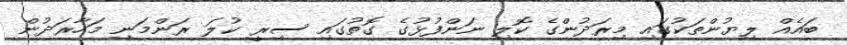
ބައެއް ލިޔުންތަކުގައި މިރަދުންގެ ކޮލި ނަންފުޅުގެ ގޮތުގައި ސިރީ ކުލަ ރަންމަނި މަހާރަދުން